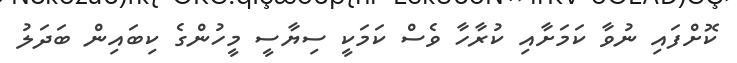
ކޮށްފައި ނުވާ ކަމަށާއި ކުރާހާ ވެސް ކަމަކީ ސިޔާސީ މީހުންގެ ކިބައިން ބަދަލު